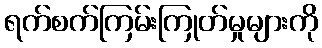
ရက်စက်ကြမ်းကြုတ်မှုများကို